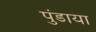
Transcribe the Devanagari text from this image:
पुंडाया